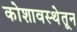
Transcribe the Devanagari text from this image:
कोशावस्थेतून